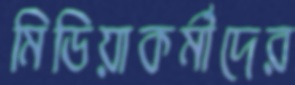
মিডিয়াকর্মীদের